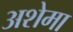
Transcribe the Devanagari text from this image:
अशेमा